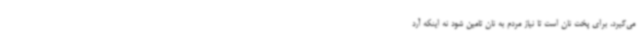
می‌گیرد، برای پخت نان است تا نیاز مردم به نان تامین شود نه اینکه آرد